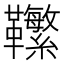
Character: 𩎆